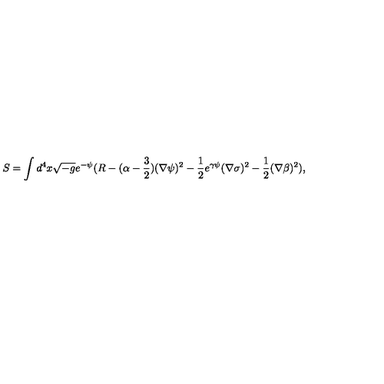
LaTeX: S = \int d ^ { 4 } x \sqrt { - g } e ^ { - \psi } ( R - ( \alpha - \frac { 3 } { 2 } ) ( \nabla \psi ) ^ { 2 } - \frac { 1 } { 2 } e ^ { \gamma \psi } ( \nabla \sigma ) ^ { 2 } - \frac { 1 } { 2 } ( \nabla \beta ) ^ { 2 } ) ,